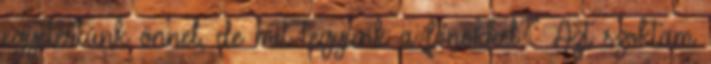
egyetértünk önnel, de mit tegyünk a főnökkel?” Azt szoktam